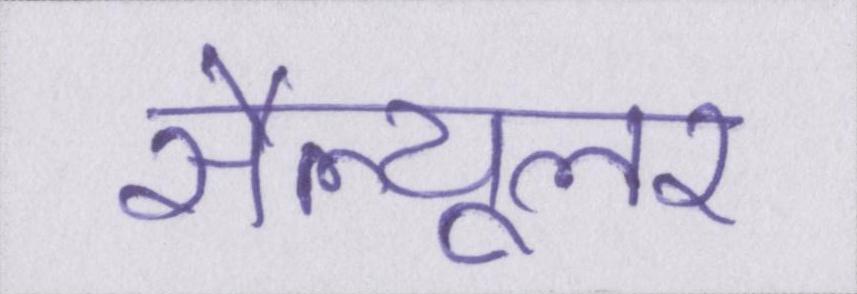
सैल्यूलर